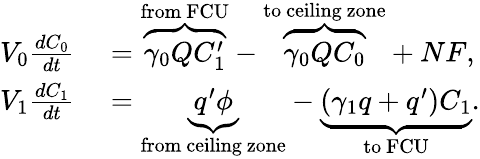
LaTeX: \begin{array}{rl}{V_{0}\frac{dC_{0}}{dt}}&{{}=\overbrace{\gamma_{0}QC_{1}^{\prime}}^{\mathrm{from\ FCU}}-\overbrace{\gamma_{0}QC_{0}}^{\mathrm{to\ ceiling\ zone}}+NF,}\\ {V_{1}\frac{dC_{1}}{dt}}&{{}=\underbrace{q^{\prime}\phi}_{\mathrm{from\ ceiling\ zone}}-\underbrace{(\gamma_{1}q+q^{\prime})C_{1}}_{\mathrm{to\ FCU}}.}\end{array}